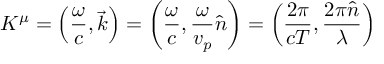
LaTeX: K ^ { \mu } = \left( { \frac { \omega } { c } } , { \vec { k } } \right) = \left( { \frac { \omega } { c } } , { \frac { \omega } { v _ { p } } } { \hat { n } } \right) = \left( { \frac { 2 \pi } { c T } } , { \frac { 2 \pi { \hat { n } } } { \lambda } } \right)